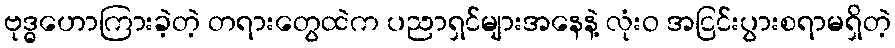
ဗုဒ္ဓဟောကြားခဲ့တဲ့ တရားတွေထဲက ပညာရှင်များအနေနဲ့ လုံးဝ အငြင်းပွားစရာမရှိတဲ့